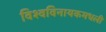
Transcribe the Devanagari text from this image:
विश्वविनायकमधली